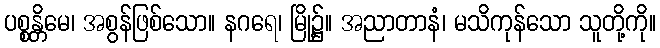
ပစ္စန္တိမေ၊ အစွန်ဖြစ်သော။ နဂရေ၊ မြို့၌။ အညာတာနံ၊ မသိကုန်သော သူတို့ကို။